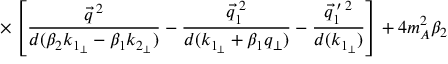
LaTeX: \times \left[ \frac { \vec { q } ^ { \: 2 } } { d ( \beta _ { 2 } k _ { 1 _ { \perp } } - \beta _ { 1 } k _ { 2 _ { \perp } } ) } - \frac { \vec { q } _ { 1 } ^ { \: 2 } } { d ( k _ { 1 _ { \perp } } + \beta _ { 1 } q _ { \perp } ) } - \frac { \vec { q } _ { 1 } ^ { \: \prime \: 2 } } { d ( k _ { 1 _ { \perp } } ) } \right] + 4 m _ { A } ^ { 2 } \beta _ { 2 }